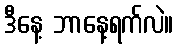
ဒီနေ့ ဘာနေ့ရက်လဲ။